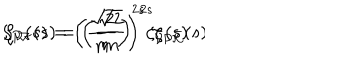
\zeta _ { P { \cal K } } ( s ) = \left( \frac { \sqrt { 2 } } { m } \right) ^ { 2 s } \zeta _ { P \bar { \cal K } } ( s ) \hspace { 1 c m } , \hspace { 1 c m } \zeta _ { \cal V } ( s ) = \left( \frac { \sqrt { 2 } } { m } \right) ^ { 2 s } \zeta _ { \bar { \cal V } } ( s ) \, .